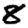
Digit: 8